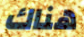
هناك